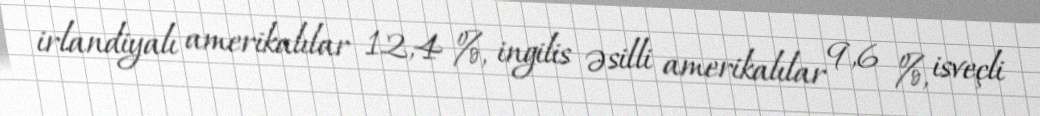
irlandiyalı amerikalılar 12,4 %, ingilis əsilli amerikalılar 9,6 %, isveçli